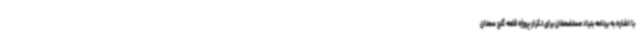
با اشاره به برنامه بنیاد مستضعفان برای تکرار پروژه قلعه گنج سمنان